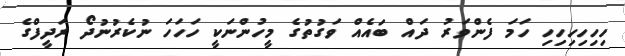
ހިހިހިހިހިހި ހަމަ ފެންވަރު ދައް ބައެއް ވަގުތުގެ މީހުންނަކީ ހަހަހަ ނުކެރުނުދޯ ރަދީފްގެ